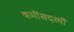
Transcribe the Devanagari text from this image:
कर्मीसदस्यों